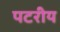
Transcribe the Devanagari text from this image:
पटरीय